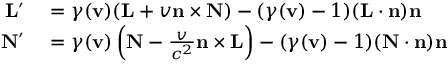
\begin{array} { r l } { \mathbf { L } ^ { \prime } } & { { } = \gamma ( \mathbf { v } ) ( \mathbf { L } + v \mathbf { n } \times \mathbf { N } ) - ( \gamma ( \mathbf { v } ) - 1 ) ( \mathbf { L } \cdot \mathbf { n } ) \mathbf { n } } \\ { \mathbf { N } ^ { \prime } } & { { } = \gamma ( \mathbf { v } ) \left( \mathbf { N } - { \frac { v } { c ^ { 2 } } } \mathbf { n } \times \mathbf { L } \right) - ( \gamma ( \mathbf { v } ) - 1 ) ( \mathbf { N } \cdot \mathbf { n } ) \mathbf { n } } \end{array}